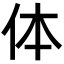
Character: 体